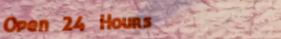
Open 24 Hours